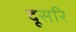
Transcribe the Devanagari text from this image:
दूसरि